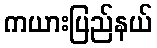
ကယားပြည်နယ်